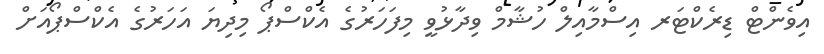
އިވެންޓް ޑިރެކްޓަރ އިސްމާއިލް ހުޝާމް ވިދާޅުވީ މިފަހަރުގެ އެކްސްޕޯ މިދިޔަ އަހަރުގެ އެކްސްޕޯއަށް